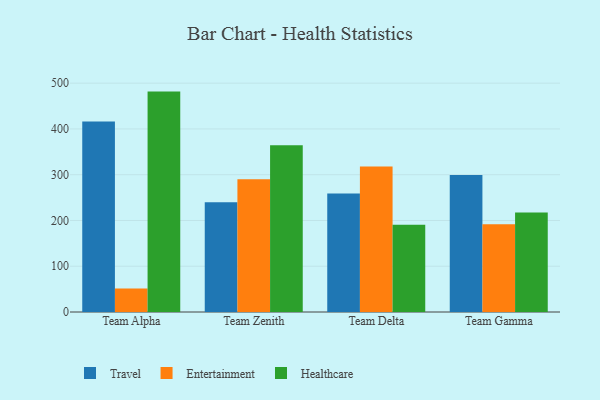
{"axis": {"x": "Team", "y": "Budget (USD K)"}, "legend": ["Entertainment", "Healthcare", "Travel"], "data": [{"x": "Team Alpha", "y": 416.5, "type": "Travel"}, {"x": "Team Alpha", "y": 51.6, "type": "Entertainment"}, {"x": "Team Alpha", "y": 481.6, "type": "Healthcare"}, {"x": "Team Zenith", "y": 239.9, "type": "Travel"}, {"x": "Team Zenith", "y": 290.0, "type": "Entertainment"}, {"x": "Team Zenith", "y": 364.5, "type": "Healthcare"}, {"x": "Team Delta", "y": 259.0, "type": "Travel"}, {"x": "Team Delta", "y": 317.7, "type": "Entertainment"}, {"x": "Team Delta", "y": 190.4, "type": "Healthcare"}, {"x": "Team Gamma", "y": 299.2, "type": "Travel"}, {"x": "Team Gamma", "y": 191.6, "type": "Entertainment"}, {"x": "Team Gamma", "y": 217.5, "type": "Healthcare"}]}